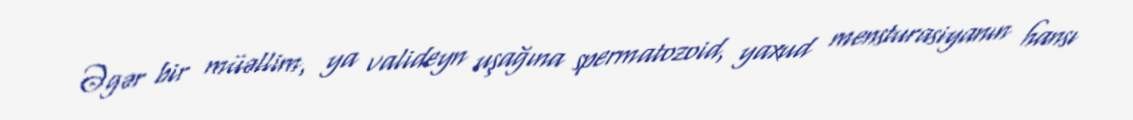
Əgər bir müəllim, ya valideyn uşağına spermatozoid, yaxud mensturasiyanın hansı